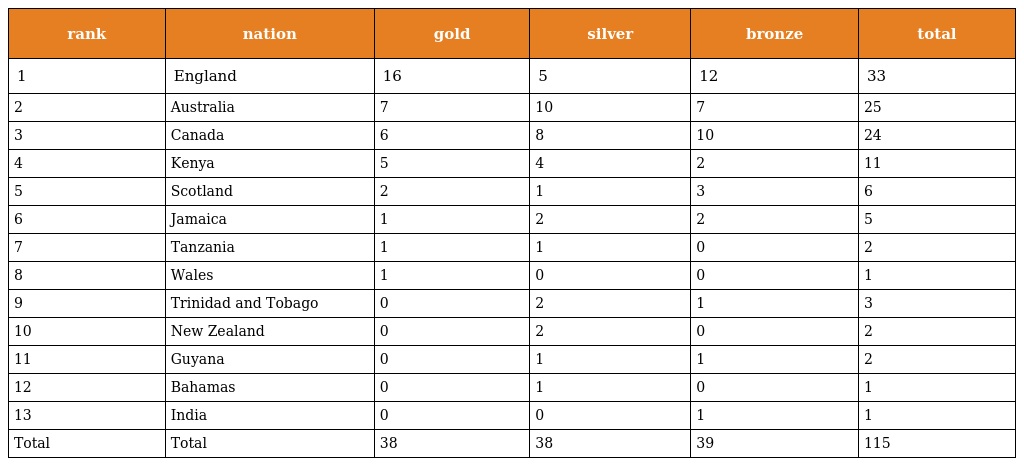
| rank | nation | gold | silver | bronze | total |
 | --- | --- | --- | --- | --- | --- |
 | 1 | England | 16 | 5 | 12 | 33 |
 | 2 | Australia | 7 | 10 | 7 | 25 |
 | 3 | Canada | 6 | 8 | 10 | 24 |
 | 4 | Kenya | 5 | 4 | 2 | 11 |
 | 5 | Scotland | 2 | 1 | 3 | 6 |
 | 6 | Jamaica | 1 | 2 | 2 | 5 |
 | 7 | Tanzania | 1 | 1 | 0 | 2 |
 | 8 | Wales | 1 | 0 | 0 | 1 |
 | 9 | Trinidad and Tobago | 0 | 2 | 1 | 3 |
 | 10 | New Zealand | 0 | 2 | 0 | 2 |
 | 11 | Guyana | 0 | 1 | 1 | 2 |
 | 12 | Bahamas | 0 | 1 | 0 | 1 |
 | 13 | India | 0 | 0 | 1 | 1 |
 | Total | Total | 38 | 38 | 39 | 115 |